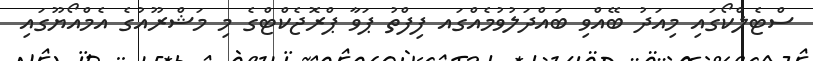
ސްޓެލްކޯގައި މިއަދު ބޭއްވި ބައްދަލުވުމެއްގައ ފިފްތު ޕަވާ ޕްރޮޖެކްޓްގެ މި މަޝްރޫއުގެ އެމްއޯޔޫގައި